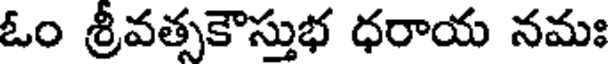
ఓం శ్రీవత్సకౌస్తుభ ధరాయ నమః